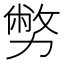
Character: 𠢪